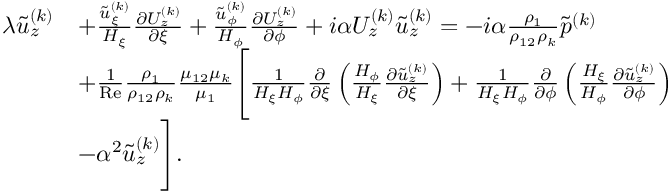
\begin{array} { r l } & { \begin{array} { r l } { \lambda \tilde { u } _ { z } ^ { ( k ) } } & { + \frac { \tilde { u } _ { \xi } ^ { ( k ) } } { H _ { \xi } } \frac { \partial U _ { z } ^ { ( k ) } } { \partial \xi } + \frac { \tilde { u } _ { \phi } ^ { ( k ) } } { H _ { \phi } } \frac { \partial U _ { z } ^ { ( k ) } } { \partial \phi } + i \alpha U _ { z } ^ { ( k ) } \tilde { u } _ { z } ^ { ( k ) } = - i \alpha \frac { \rho _ { 1 } } { \rho _ { 1 2 } \rho _ { k } } \tilde { p } ^ { ( k ) } } \\ & { + \frac { 1 } { \mathrm { R e } } \frac { \rho _ { 1 } } { \rho _ { 1 2 } \rho _ { k } } \frac { \mu _ { 1 2 } \mu _ { k } } { \mu _ { 1 } } \Biggl [ \frac { 1 } { H _ { \xi } H _ { \phi } } \frac { \partial } { \partial \xi } \left( \frac { H _ { \phi } } { H _ { \xi } } \frac { \partial \tilde { u } _ { z } ^ { ( k ) } } { \partial \xi } \right) + \frac { 1 } { H _ { \xi } H _ { \phi } } \frac { \partial } { \partial \phi } \left( \frac { H _ { \xi } } { H _ { \phi } } \frac { \partial \tilde { u } _ { z } ^ { ( k ) } } { \partial \phi } \right) } \\ & { - \alpha ^ { 2 } \tilde { u } _ { z } ^ { ( k ) } \Biggr ] . } \end{array} } \end{array}